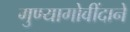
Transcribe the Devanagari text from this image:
गुण्यागोवींदाने